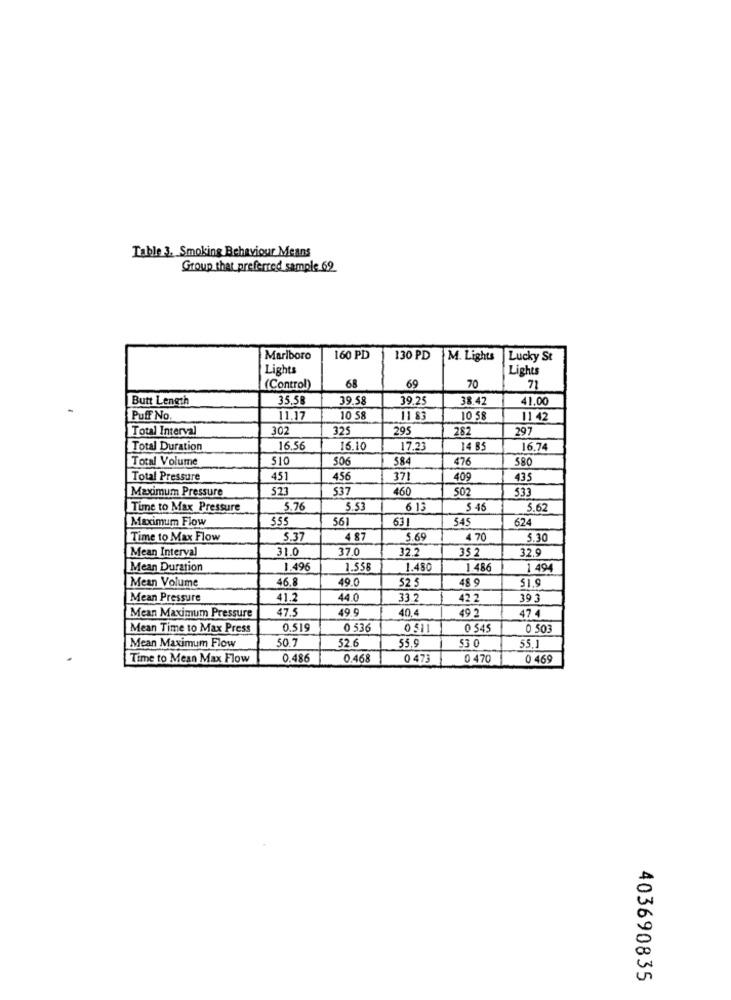
Table 3. Smoking Behaviour Means
Group that preferred sample 69
Marlboro
160 PD
130 PD
M. Lights
Lucky St
Lights
Lights
(Control)
68
69
70
Butt Length
35.58
39.58
39.25
38.42
41.00
Puff No.
11.17
10 58
11 83
10 58
11 42
Total Interval
302
325
295
282
297
Total Duration
16,56
16.10
17.23
14 85
16.74
Total Volume
510
506
584
476
580
Total Pressure
451
456
371
409
435
Maximum Pressure
523
537
460
502
533
Time to Max Pressure
5.76
5.53
6 13
$ 46
5.69
Maximum Flow
555
561
631
545
624
Time to Max Flow
5.3
4 87
5.69
4 70
5.30
Mean Interval
31.0
37.0
32.2
35 2
32.9
Mean Duration
1.496
1.556
1.480
1.486
1 494
Mean Volume
46.8
49.
52 5
48 9
51.9
Mean Pressure
41.2
44.0
33.
42 2
39 3
Mean Maximum Pressure
47.5
49.9
40,4
49 2
474
Mean Time to Max Press
0.519
0 536
0511
0 545
0 503
Mean Maximum Flow
50.7
52.6
55.9
55.1
53 0
Time to Mean Max Flow
0.486
0.468
0 473
0 470
0 469
403690835